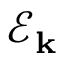
\mathcal { E } _ { \mathbf { k } }